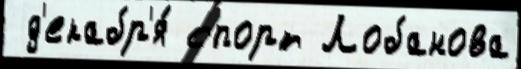
 д'екабр'я́ спорт Лобанова